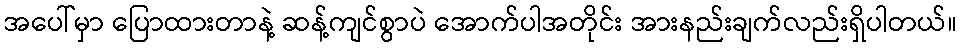
အပေါ်မှာ ပြောထားတာနဲ့ ဆန့်ကျင်စွာပဲ အောက်ပါအတိုင်း အားနည်းချက်လည်းရှိပါတယ်။